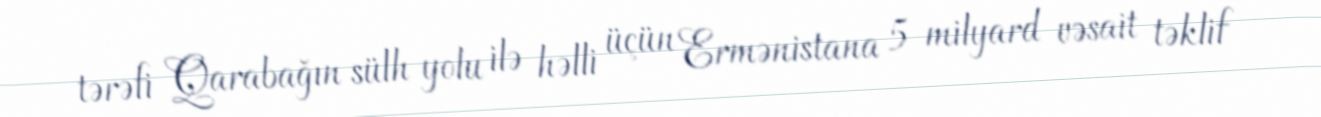
tərəfi Qarabağın sülh yolu ilə həlli üçün Ermənistana 5 milyard vəsait təklif